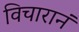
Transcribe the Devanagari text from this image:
विचारानं